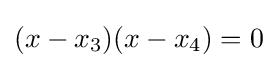
(x-x_{3})(x-x_{4})=0